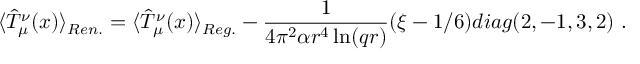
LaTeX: \langle \hat { T } _ { \mu } ^ { \nu } ( x ) \rangle _ { R e n . } = \langle \hat { T } _ { \mu } ^ { \nu } ( x ) \rangle _ { R e g . } - \frac 1 { 4 \pi ^ { 2 } \alpha r ^ { 4 } \ln ( q r ) } ( \xi - 1 / 6 ) d i a g ( 2 , - 1 , 3 , 2 ) \ .